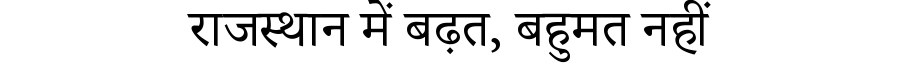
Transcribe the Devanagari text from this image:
राजस्थान में बढ़त, बहुमत नहीं